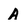
Character: A